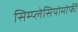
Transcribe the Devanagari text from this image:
सिम्प्लेसियोमोर्फी